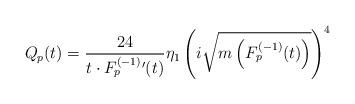
LaTeX: \begin{align*}Q_p(t)=\frac{24}{t\cdot F^{(-1)}_p{'}(t)}\eta_1\left(i\sqrt{m\left(F^{(-1)}_p(t)\right)}\right)^4\end{align*}